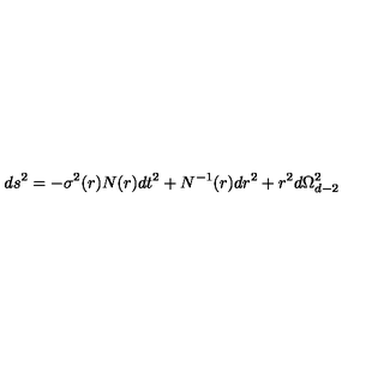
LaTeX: d s ^ { 2 } = - \sigma ^ { 2 } ( r ) N ( r ) d t ^ { 2 } + N ^ { - 1 } ( r ) d r ^ { 2 } + r ^ { 2 } d \Omega _ { d - 2 } ^ { 2 }